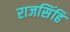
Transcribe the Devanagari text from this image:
राजसिंहि